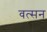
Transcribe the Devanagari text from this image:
वत्सन